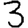
Digit: 3